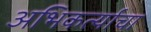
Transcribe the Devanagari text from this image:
अभिकर्त्याचा